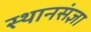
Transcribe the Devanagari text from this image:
स्थानसंज्ञा